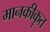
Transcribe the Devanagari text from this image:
मानकीकॄत